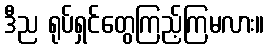
ဒီည ရုပ်ရှင်တွေကြည့်ကြမလား။